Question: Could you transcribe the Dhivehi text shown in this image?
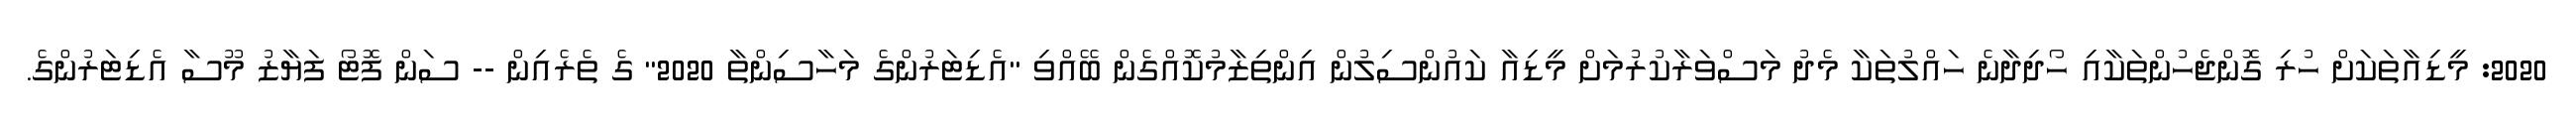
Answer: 2020: މީޑިއާތަކަށް ހުރި ގޮންޖެހުންތަކާއި ހޯދިދާނެ ހައްލުތަކާ މެދު މަސްވަރާކުރުމަށް މީޑިއާ ކައުންސިލުން އިންތިޒާމުކޮއްގެން ބޭއްވި "އެޑިޓަރުންގެ މަހާސިންތާ 2020" ގެ ތެރެއިން -- ސަން ފޮޓޯ ފަޔާޒު މޫސާ އެޑިޓަރުންގެ.